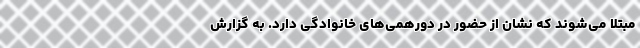
مبتلا می‌شوند که نشان از حضور در دورهمی‌های خانوادگی دارد. به گزارش